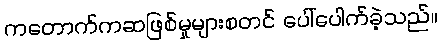
ကတောက်ကဆဖြစ်မှုများစတင် ပေါ်ပေါက်ခဲ့သည်။